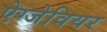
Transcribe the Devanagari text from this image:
ऐग्जेवियर